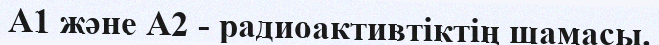
А1 және А2 - радиоактивтiктiң шамасы.